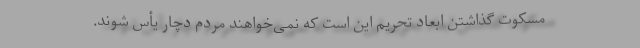
مسکوت گذاشتن ابعاد تحریم این است که نمی‌خواهند مردم دچار یأس شوند.